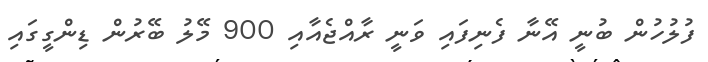
ފުލުހުން ބުނީ އޭނާ ފެނިފައި ވަނީ ރާއްޖެއާއި 900 މޭލު ބޭރުން ޑިންގީގައި